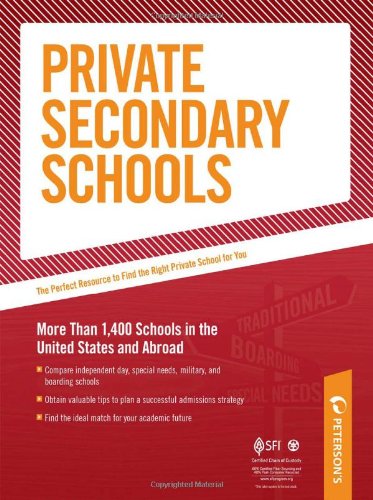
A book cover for Private Secondary Schools 2010-2011; Peterson's; Test Preparation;